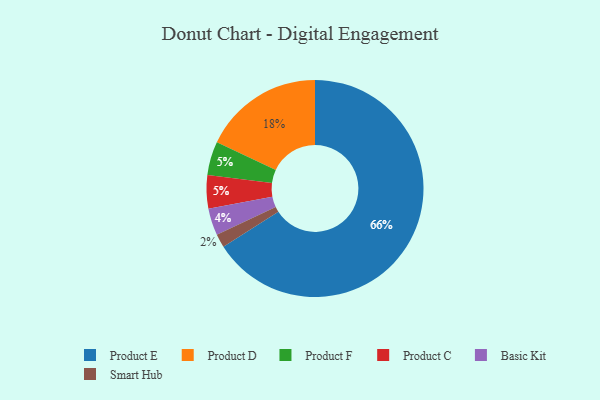
{"axis": {"x": "Category", "y": "Percentage"}, "legend": ["Basic Kit", "Product C", "Product D", "Product E", "Product F", "Smart Hub"], "data": [{"x": "Product F", "y": 5, "type": "Product F"}, {"x": "Smart Hub", "y": 2, "type": "Smart Hub"}, {"x": "Basic Kit", "y": 4, "type": "Basic Kit"}, {"x": "Product C", "y": 5, "type": "Product C"}, {"x": "Product D", "y": 18, "type": "Product D"}, {"x": "Product E", "y": 66, "type": "Product E"}]}